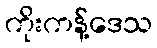
ကိုးကန့်ဒေသ